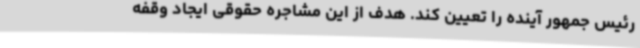
رئیس جمهور آینده را تعیین کند. هدف از این مشاجره حقوقی ایجاد وقفه